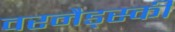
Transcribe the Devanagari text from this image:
वरनैड्स्की